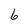
Character: 6